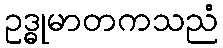
ဥဒ္ဓုမာတကသညံ